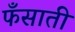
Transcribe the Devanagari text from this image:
फँसाती